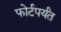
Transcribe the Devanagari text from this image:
फोर्टपर्यंत